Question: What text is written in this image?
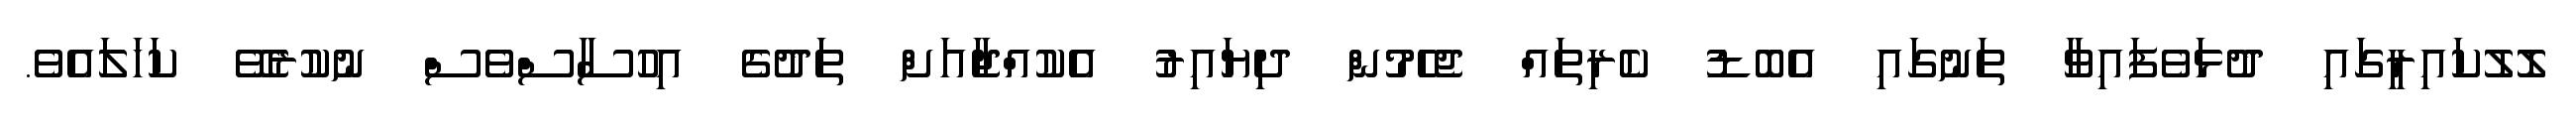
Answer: ލޮލުކައިރީގައި ދުޅަވެފައިވާ ތަނުގައި އެބޮޑު ކެރިތައް ޖެހެމުން ދިޔައިރު އެކުއްޖާއަށް ތަދުގެ އިހުސާސްވެސް ނުކުރެވޭ ކަހަލައެވެ.